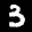
Label: 3